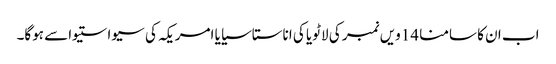
اب ان کا سامنا 14ویں نمبر کی لاٹویا کی اناستاسیایا امریکہ کی سیواستیواسے ہوگا۔